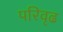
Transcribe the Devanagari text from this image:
परिवृढ